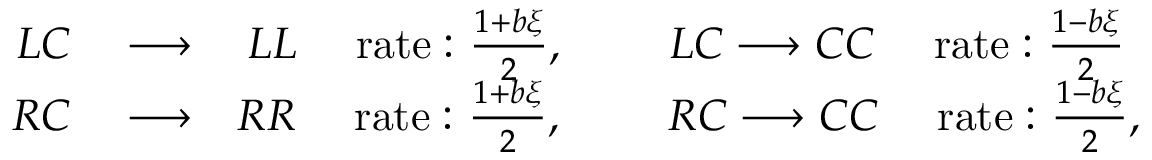
\begin{array} { r l r } { L C } & { { } \longrightarrow } & { L L \quad \mathrm { \ r a t e : } \ \frac { 1 + b \xi } { 2 } , \qquad \ L C \longrightarrow C C \quad \mathrm { \ r a t e : } \ \frac { 1 - b \xi } { 2 } \ } \\ { R C } & { { } \longrightarrow } & { R R \quad \mathrm { \ r a t e : } \ \frac { 1 + b \xi } { 2 } , \qquad \ R C \longrightarrow C C \quad \mathrm { \ r a t e : } \ \frac { 1 - b \xi } { 2 } , } \end{array}